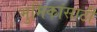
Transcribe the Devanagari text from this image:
भुमिकांसाठी